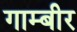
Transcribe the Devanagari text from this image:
गाम्बीर